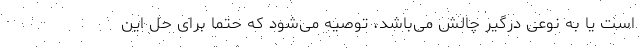
است یا به نوعی درگیر چالش می‌باشد، توصیه می‌شود که حتما برای حل این